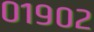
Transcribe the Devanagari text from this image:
०१९०२